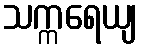
သက္ကရေယျ